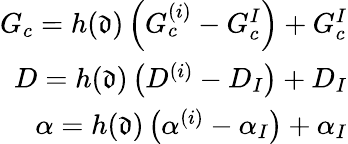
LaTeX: \begin{array}{r}{G_{c}=h(\mathfrak{d})\left(G_{c}^{(i)}-G_{c}^{I}\right)+G_{c}^{I}}\\ {D=h(\mathfrak{d})\left(D^{(i)}-D_{I}\right)+D_{I}}\\ {\alpha=h(\mathfrak{d})\left(\alpha^{(i)}-\alpha_{I}\right)+\alpha_{I}}\end{array}